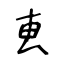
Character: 叀